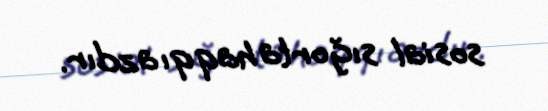
sosial sığorta haqqı azdır.